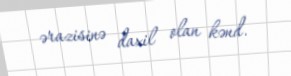
ərazisinə daxil olan kənd.